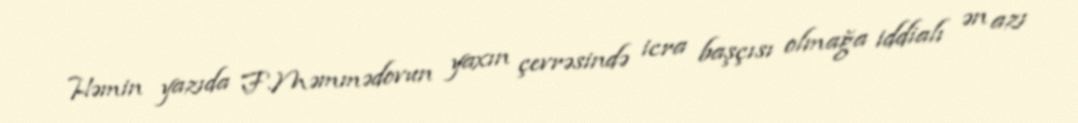
Həmin yazıda F.Məmmədovun yaxın çevrəsində icra başçısı olmağa iddialı ən azı